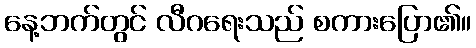
နေ့ဘက်တွင် လီဂရေးသည် စကားပြော၏။